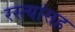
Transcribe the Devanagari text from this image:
रस्त्यांसह